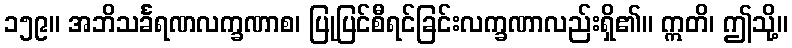
၁၅၉။ အဘိသင်္ခရဏလက္ခဏာစ၊ ပြုပြင်စီရင်ခြင်းလက္ခဏာလည်းရှိ၏။ ဣတိ၊ ဤသို့။